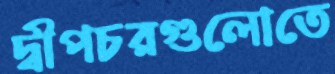
দ্বীপচরগুলোতে